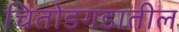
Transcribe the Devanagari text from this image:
चितोडगडातील